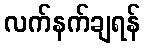
လက်နက်ချရန်